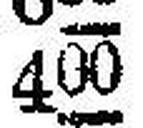
400